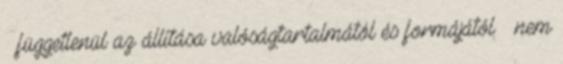
– függetlenül az állítása valóságtartalmától és formájától – nem